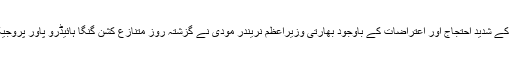
یاد رہے کہ پاکستان کے شدید احتجاج اور اعتراضات کے باوجود بھارتی وزیراعظم نریندر مودی نے گزشتہ روز متنازع کشن گنگا ہائیڈرو پاور پروجیکٹ کا افتتاح کیا تھا۔